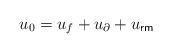
LaTeX: \begin{align*} u_0 = u_{f} + u_{\partial} + u_{\sf rm}\end{align*}